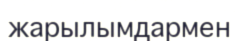
жарылымдармен